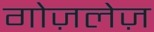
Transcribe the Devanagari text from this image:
गोज़लेज़